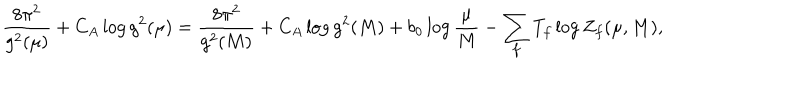
\frac { 8 \pi ^ { 2 } } { g ^ { 2 } ( \mu ) } + C _ { A } \log g ^ { 2 } ( \mu ) = \frac { 8 \pi ^ { 2 } } { g ^ { 2 } ( M ) } + C _ { A } \log g ^ { 2 } ( M ) + b _ { 0 } \log \frac { \mu } { M } - \sum _ { f } T _ { f } \log Z _ { f } ( \mu , M ) ,